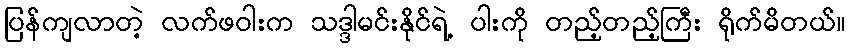
ပြန်ကျလာတဲ့ လက်ဖဝါးက သဒ္ဒါမင်းနိုင်ရဲ့ ပါးကို တည့်တည့်ကြီး ရိုက်မိတယ်။